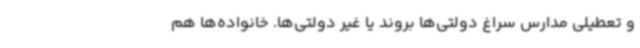
و تعطیلی مدارس سراغ دولتی‌ها بروند یا غیر دولتی‌ها. خانواده‌ها هم